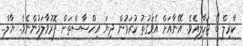
ކާރިލް ބޯ ޖަހާލިއެވެ. އޭނާއަށް އެވަގުތު ކުރަމުން ދިޔަ އިހްސާސްތަށް ފޮރުވާލަމުންނެވެ. ޔާލް..